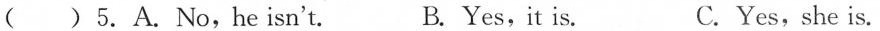
( )5.A.No,he isn't. B. Yes,it is. C.Yes,she is.